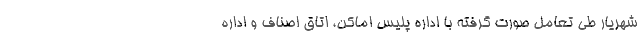
شهریار طی تعامل صورت گرفته با اداره پلیس اماکن، اتاق اصناف و اداره